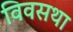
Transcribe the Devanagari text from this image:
विवसथा